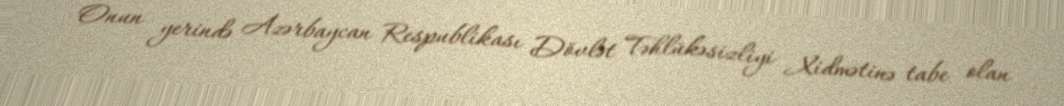
Onun yerində Azərbaycan Respublikası Dövlət Təhlükəsizliyi Xidmətinə tabe olan